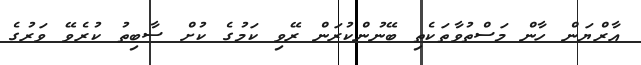
އާރްޔަން ހާން މަސްތުވާތަކެތި ބޭނުންކުރަން ރޭވި ކަމުގެ ކުށް ސާބިތު ކުރެވޭ ވަރުގެ